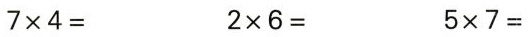
$$7 \times 4 =$$ $$2 \times 6 =$$ $$5 \times 7 =$$